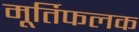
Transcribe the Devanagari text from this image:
मूर्तिफलक